Annual administration report of the Civil Veterinary Department of India - 1903-1904
Year: 1903
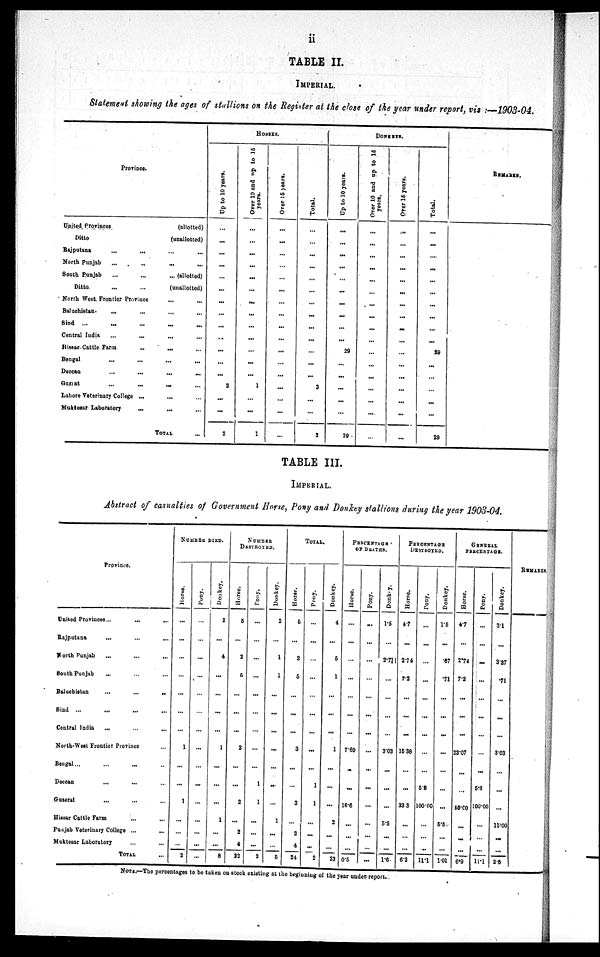
iii
TABLE II.
IMPERIAL.
Statement showing the ages of stallions on the Register at the close of the year under report, viz:—1903-04.
Province.
United Provinces(allotted)
Ditto
(unallotted)
Rajputana
...
...... ...
North Punjab
...
...... ...
South Punjab
...
......
(allotted)
Ditto
...
...
(unallotted)
North West Frontier Province
... ...
Baluchistan
...
...
... ...
Sind ...
...
...
... ...
Central India
...
...
... ...
Hissar-Cattle Farm
...
... ...
Bengal
...
...
... ...
Deccan
...
...
... ...
Guzrat
...
... ... ...
Lahore Veterinary College ...
... ...
Muktesar Laboratory
...
...
...
TOTAL ...
HORSES.
Up to 10 years.
...
...
...
...
...
...
...
...
...
...
...
...
...
2
...
...
2
Over 10 and up to 16
years.
...
...
...
...
...
...
...
...
...
...
...
...
...
1
...
...
1
Over 15 years.
...
...
...
...
...
...
...
...
...
...
...
...
...
...
...
...
...
Total.
...
...
...
...
...
...
...
...
...
...
...
...
...
3
...
...
3
DONKEYS.
Up to 10 years.
...
...
...
...
...
...
...
...
...
...
29
...
...
...
...
...
29
Over 10 and up to 15
years.
...
...
...
...
...
...
...
...
...
...
...
...
...
...
...
...
...
Over 16 years.
...
...
...
...
...
...
...
...
...
...
...
...
...
...
...
...
...
Total.
...
...
....
...
...
...
...
...
...
...
29
...
...
...
...
...
29
REMARKS.
TABLE III.
IMPERIAL.
Abstract of casualties of Government Horse, Pony and Donkey stallions during the year 1903-04.
Province.
United Provinces... ... ...
Rajputana ... ... ...
North Punjab ... ... ...
South Punjab ... ... ...
Baluchistan
...
...
..
Sind ... ... ... ...
Central India ... ... ...
North-West Frontier Province ...
Bengal ... ... ... ...
Deccan ... ... ...
Gazerat ... ... ...
Hissar Cattle Farm ... ...
Punjab Veterinary College ... ...
Muktesar Laboratory ... ...
TOTAL ...
NUMBER DIRD.
Horse.
...
...
...
...
...
...
...
1
...
...
1
...
...
...
2
Pony.
...
...
...
...
...
...
...
...
...
...
...
...
...
...
...
Donkey,
2
...
4
...
...
...
...
1
...
...
...
1
...
...
8
NUMBER
DESTROYED.
Horse.
5
...
2
5
...
...
...
2
...
...
2
...
2
4
22
Pony.
...
...
...
...
...
...
...
...
...
1
1
...
...
...
2
Donkey.
2
...
1
1
...
...
...
...
...
...
...
1
...
...
5
TOTAL.
Horse.
5
...
2
5
...
...
...
3
...
...
3
...
2
4
24
Pony.
...
...
...
...
...
...
...
...
...
1
1
...
...
...
2
Donkey.
4
...
5
1
...
...
...
1
...
...
...
2
...
...
23
PERCENTAGE
OF DEATHS.
Horse.
...
...
...
...
...
...
...
7.69
...
...
16.6
...
...
...
0.5
Pony.
...
...
...
...
...
...
...
...
...
...
...
...
...
...
...
Donkey.
1.5
...
2.7
...
...
...
...
3.03
...
...
...
5.5
...
...
1.6
PERCENTAGE
DESTROYED.
Horse.
4.7
...
2.74
7.2
...
...
...
15.38
...
...
33.3
...
...
...
6.2
Pony.
...
...
...
...
...
...
...
...
...
5.8
100.00
...
...
...
11.1
Donkey.
1.5
...
.67
.71
...
...
...
...
...
...
...
5.5
...
...
1.01
GENERAL
PERCENTAGE.
Horse.
4.7
...
2.74
7.2
...
...
...
23.07
...
...
50.00
...
......
...
6.9
Pony.
...
...
...
...
...
...
...
...
...
5.8
100.00
...
...
...
11.1
Donkey.
3.1
...
3.37
.71
...
...
...
3.03
...
...
...
11.00
...
...
2.6
REMARKS.
NOTE.—The percentages to be taken on stock existing at the beginning of the year under report.